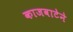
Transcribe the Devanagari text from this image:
काजवाटेने